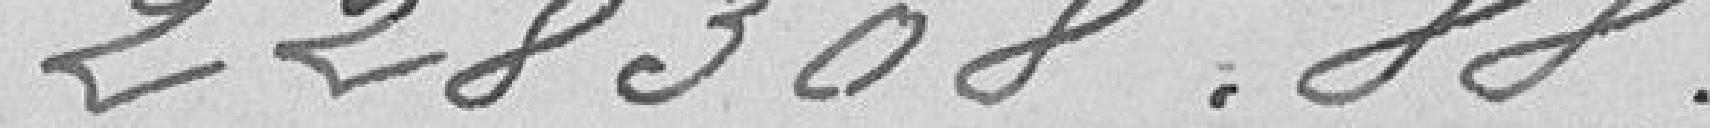
228.308,88 francs